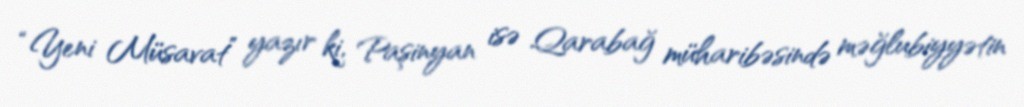
“Yeni Müsavat” yazır ki, Paşinyan isə Qarabağ müharibəsində məğlubiyyətin